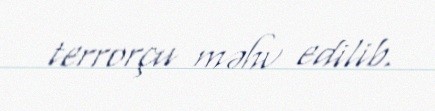
terrorçu məhv edilib.